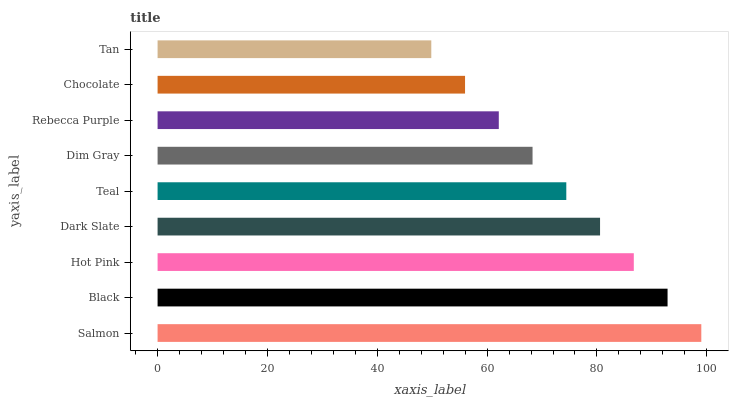
| yaxis_label | bars |
 | --- | --- |
 | Salmon | 99 |
 | Black | 92.9 |
 | Hot Pink | 86.7 |
 | Dark Slate | 80.6 |
 | Teal | 74.4 |
 | Dim Gray | 68.3 |
 | Rebecca Purple | 62.1 |
 | Chocolate | 56 |
 | Tan | 49.8 |